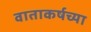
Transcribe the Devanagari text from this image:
वाताकर्षच्या